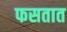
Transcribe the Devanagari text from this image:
फसतात